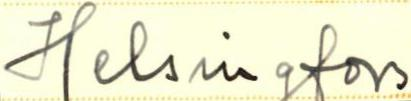
Helsingfors